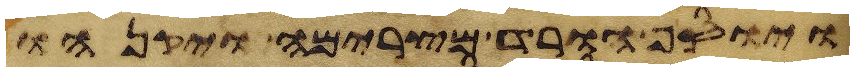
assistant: ויוסף הורד מצרימה ויקנהו